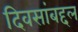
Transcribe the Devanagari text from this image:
दिवसांबद्दल